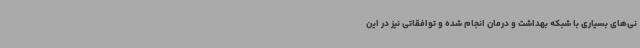
نی‌های بسیاری با شبکه بهداشت و درمان انجام شده و توافقاتی نیز در این